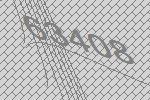
63408